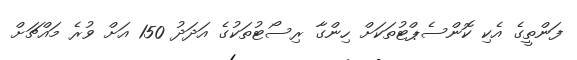
ފަންތީގެ އެކި ކޮންސެޕްޓުތަކަށް ހިންގާ ރިސޯޓުތަކުގެ އަދަދު 150 އަށް ވުރެ މައްޗަށް